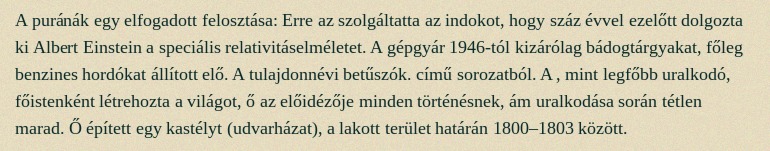
A puránák egy elfogadott felosztása: Erre az szolgáltatta az indokot, hogy száz évvel ezelőtt dolgozta ki Albert Einstein a speciális relativitáselméletet. A gépgyár 1946-tól kizárólag bádogtárgyakat, főleg benzines hordókat állított elő. A tulajdonnévi betűszók. című sorozatból. A , mint legfőbb uralkodó, főistenként létrehozta a világot, ő az előidézője minden történésnek, ám uralkodása során tétlen marad. Ő épített egy kastélyt (udvarházat), a lakott terület határán 1800–1803 között.